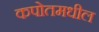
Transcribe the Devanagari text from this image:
कपोतमधील